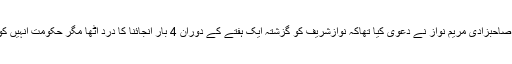
گذشتہ روز سابق وزیراعظم کی صاحبزادی مریم نواز نے دعویٰ کیا تھاکہ نوازشریف کو گزشتہ ایک ہفتے کے دوران 4 بار انجائنا کا درد اٹھا مگر حکومت انہیں کوئی طبی امداد فراہم نہیں کررہی۔